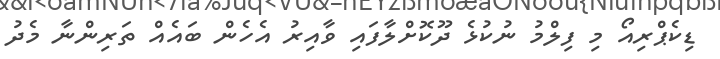
ޑިކެޕްރިއޯ މި ފިލްމު ނުކުޅެ ދޫކޮށްލާފައި ވާއިރު އެހެން ބައެއް ތަރިންނާ މެދު